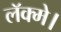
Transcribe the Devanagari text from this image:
लॅक्मे।